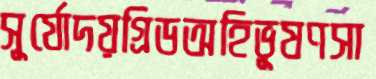
সূর্যোদয়গ্রিডঅহিভূষণসা